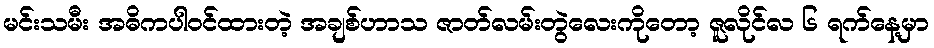
မင်းသမီး အဓိကပါဝင်ထားတဲ့ အချစ်ဟာသ ဇာတ်လမ်းတွဲလေးကိုတော့ ဇူလိုင်လ ၆ ရက်နေ့မှာ